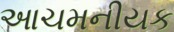
આચમનીયક